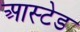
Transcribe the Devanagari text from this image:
आस्टेड